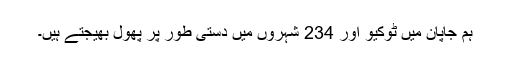
ہم جاپان میں ٹوکیو اور 234 شہروں میں دستی طور پر پھول بھیجتے ہیں۔